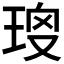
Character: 𤥱